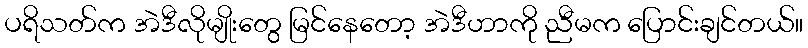
ပရိသတ်က အဲဒီလိုမျိုးတွေ မြင်နေတော့ အဲဒီဟာကို ညီမက ပြောင်းချင်တယ်။